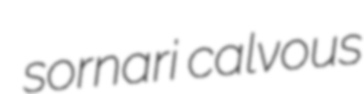
sornari calvous